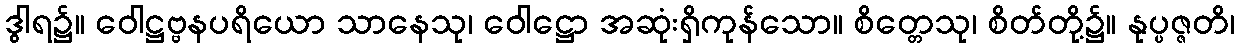
ဒွါရ၌။ ဝေါဋ္ဌဗ္ဗနပရိယော သာနေသု၊ ဝေါဋ္ဌော အဆုံးရှိကုန်သော။ စိတ္တေသု၊ စိတ်တို့၌။ နုပ္ပဇ္ဇတိ၊